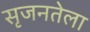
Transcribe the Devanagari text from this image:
सृजनतेला